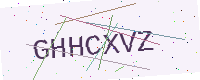
Text: GHHCXVZ